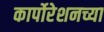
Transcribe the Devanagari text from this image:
कार्पोरेशनच्या